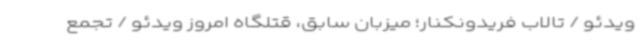
ویدئو / تالاب فریدونکنار؛ میزبان سابق، قتلگاه امروز ویدئو / تجمع